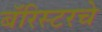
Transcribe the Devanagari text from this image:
बॅरिस्टरचे